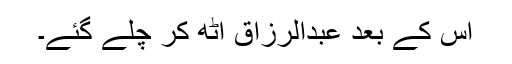
اس کے بعد عبدالرزاق اُٹھ کر چلے گئے۔